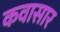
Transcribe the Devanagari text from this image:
कवासार